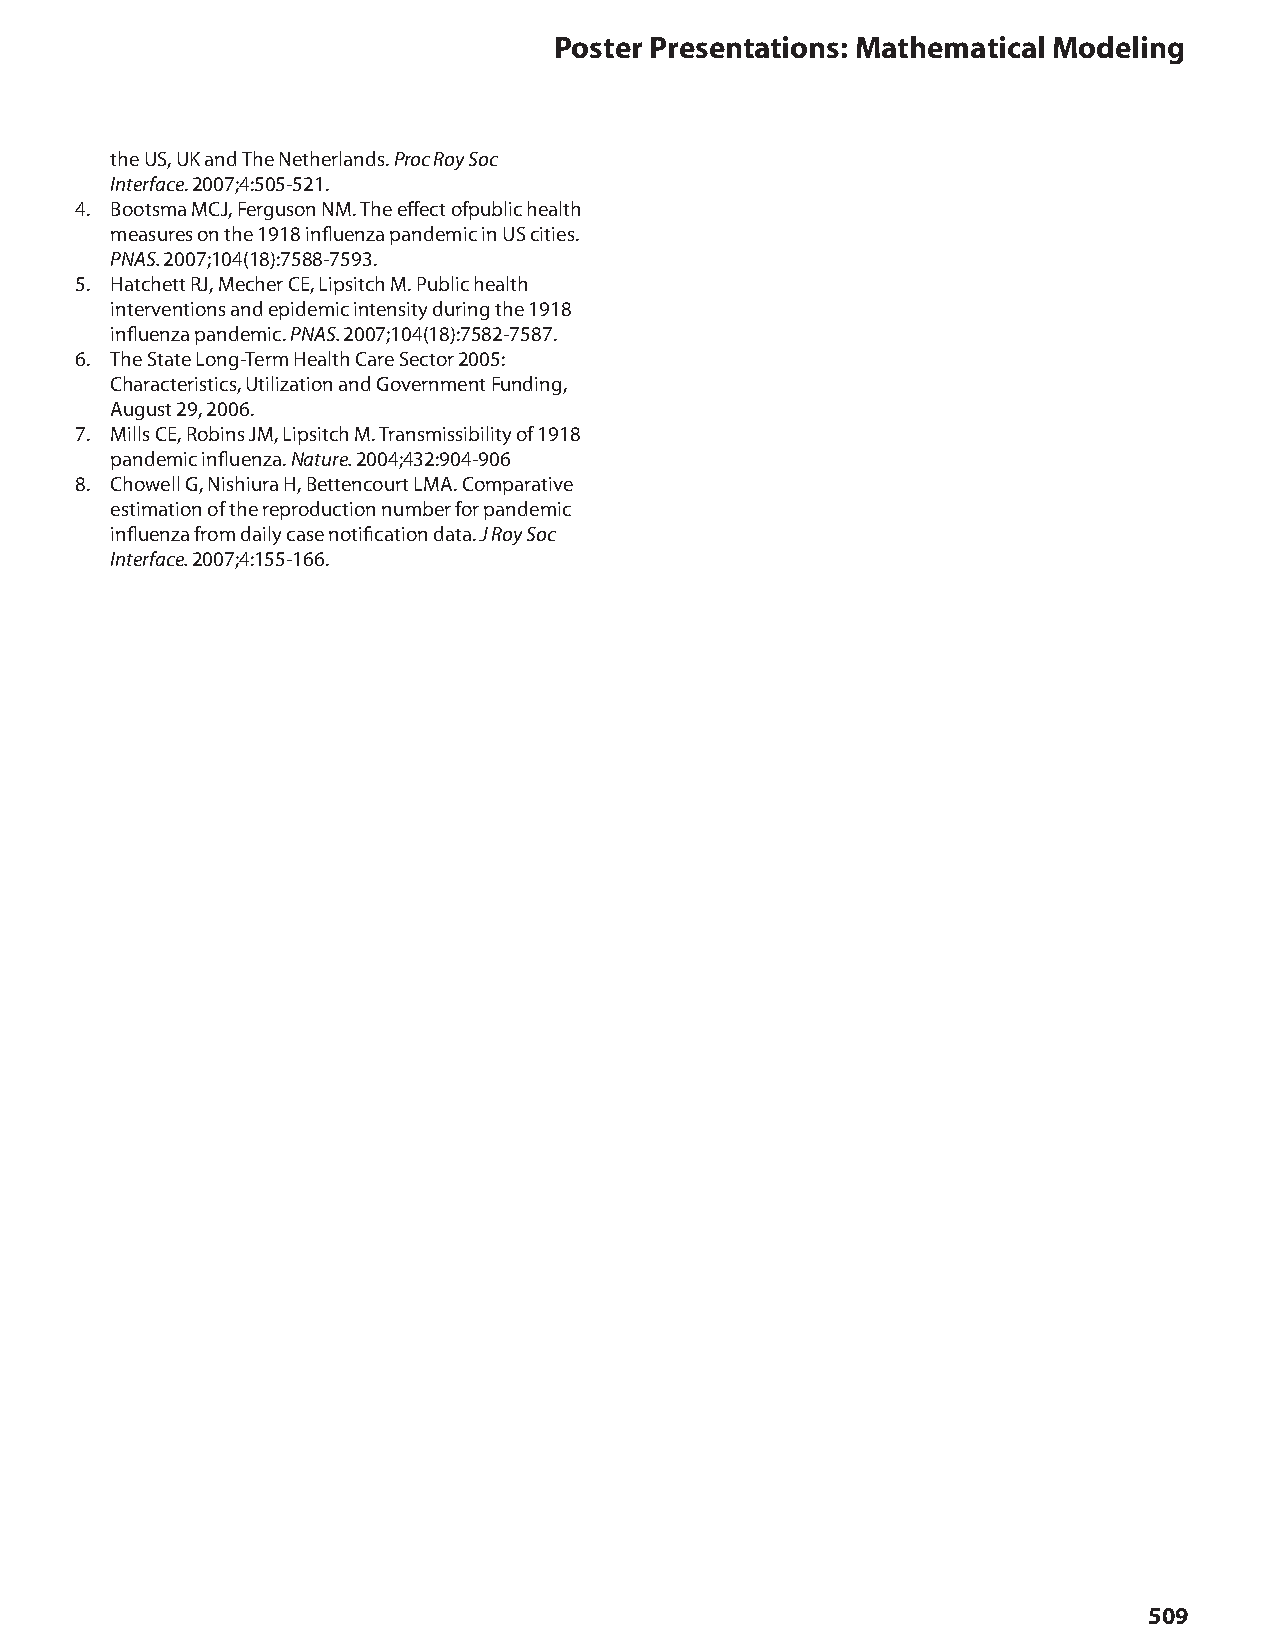
Poster Presentations: Mathematical Modeling
 the US, UK and The Netherlands. Proc Roy Soc
 Interface. 2007;4:505-521.
 4. Bootsma MCJ, Ferguson NM. The effect ofpublic health
 measures on the 1918 influenza pandemic in US cities.
 PNAS. 2007;104(18):7588-7593.
 5. Hatchett RJ, Mecher CE, Lipsitch M. Public health
 interventions and epidemic intensity during the 1918
 influenza pandemic. PNAS. 2007;104(18):7582-7587.
 6. The State Long-Term Health Care Sector 2005:
 Characteristics, Utilization and Government Funding,
 August 29, 2006.
 7. Mills CE, Robins JM, Lipsitch M. Transmissibility of 1918
 pandemic influenza. Nature. 2004;432:904-906
 8. Chowell G, Nishiura H, Bettencourt LMA. Comparative
 estimation of the reproduction number for pandemic
 influenza from daily case notification data. J Roy Soc
 Interface. 2007;4:155-166.
 509